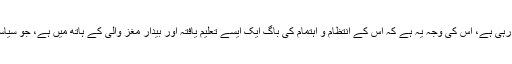
موجودہ دور میں ریاستِ سوات، زندگانی کے شعبہ اور مدنیت کی ہر مد میں جو روز افزوں ترقی کر رہی ہے، اس کی وجہ یہ ہے کہ اس کے انتظام و اہتمام کی باگ ایک ایسے تعلیم یافتہ اور بیدار مغز والی کے ہاتھ میں ہے، جو سیاسی تدبر، مصلحت کوشی، عوام کے ساتھ ہمدردی اور محبت رکھنے میں عالمگیر شہرت کا حامل ہے۔